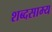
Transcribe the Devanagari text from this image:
शब्दसाम्य